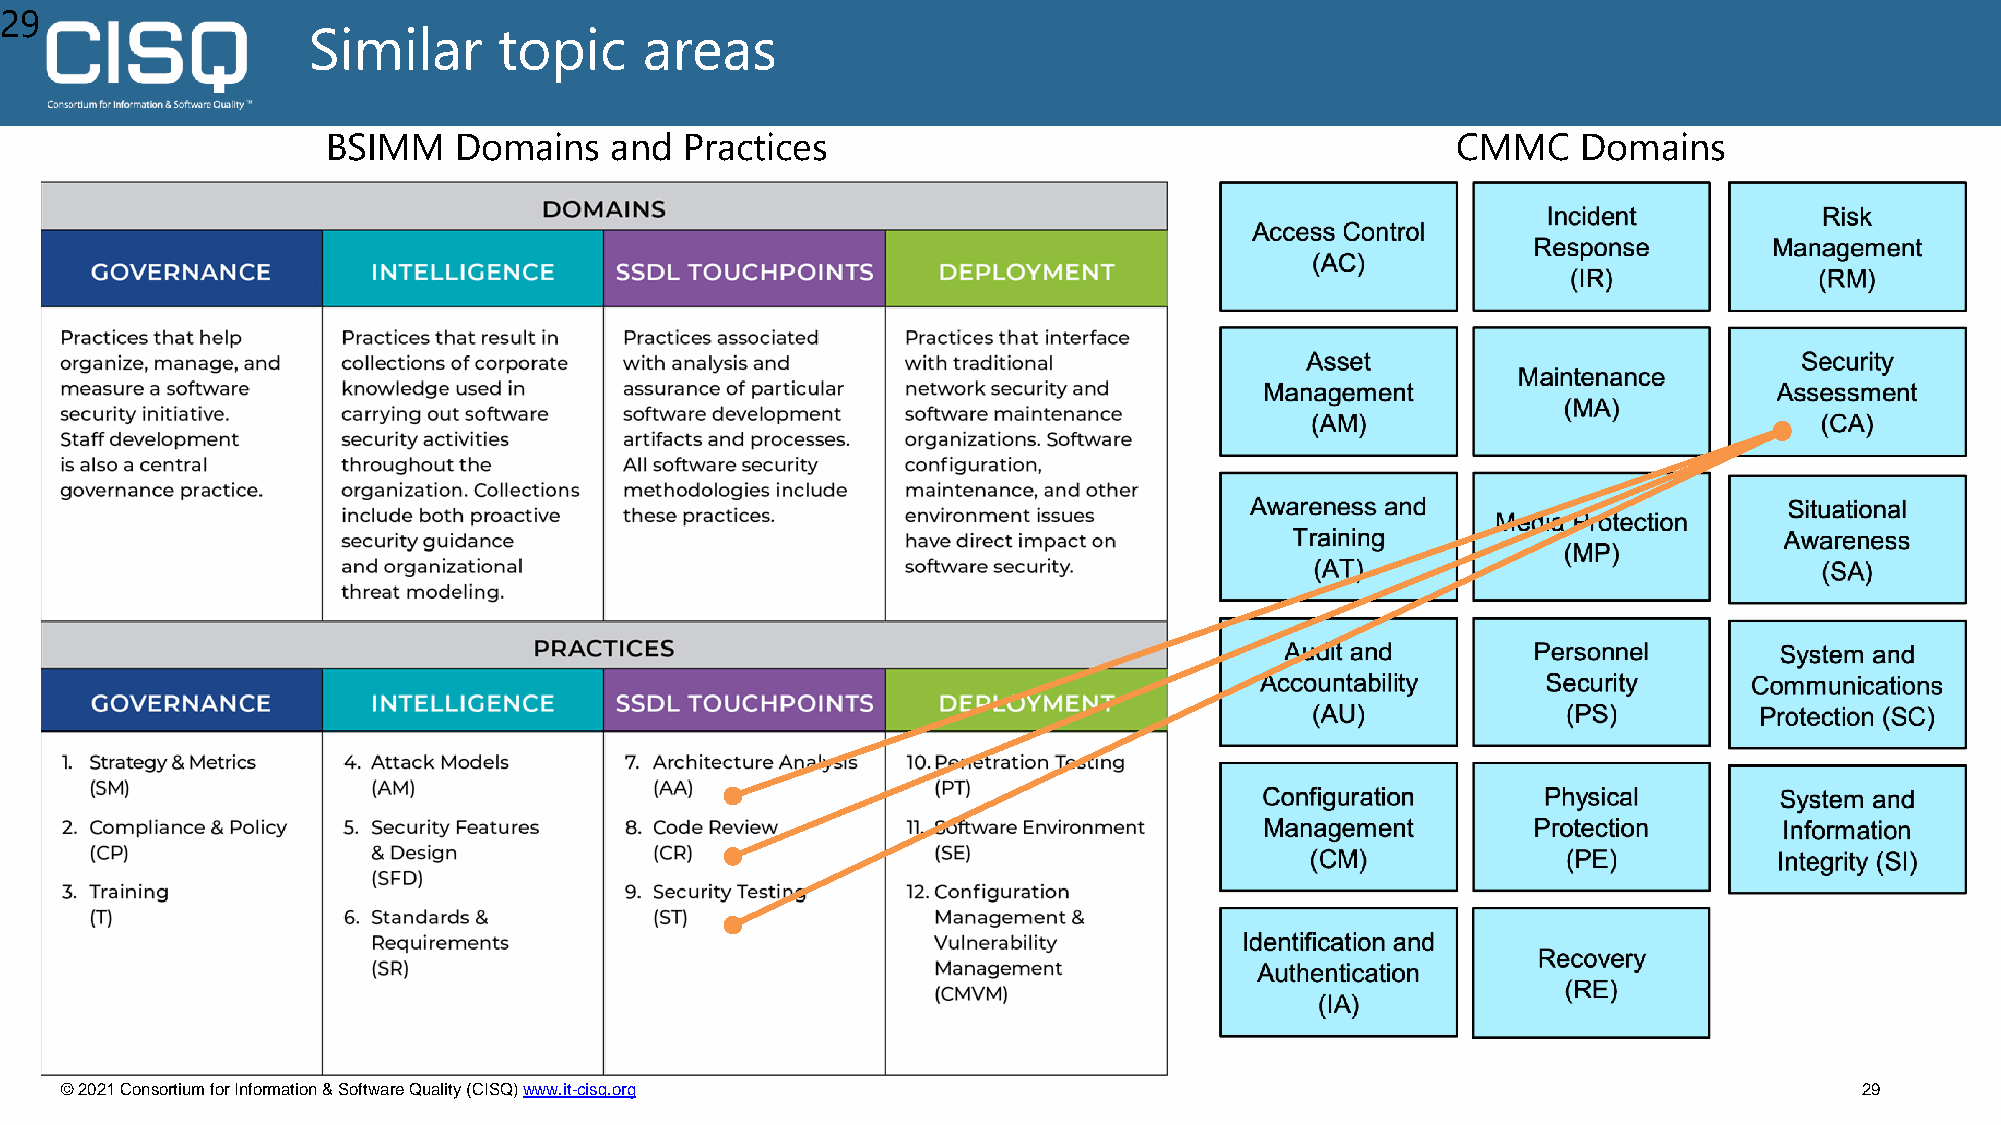
29
 Similar      topic     areas
 BSIMM   Domains   and  Practices                                          CMMC     Domains
 © 2021 Consortium for Information & Software Quality (CISQ) www.it-cisq.org                                            29